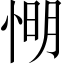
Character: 𢜠